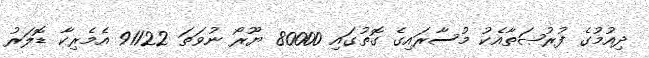
ދިއުމުގެ ފުރުޞަތާއެކު މުސާރައިގެ ގޮތުގައި 80000 ޔޫރޯ ނުވަތަ 91122 އެމެރިކާ ޑޮލަރު